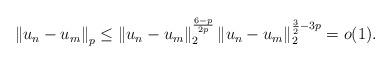
LaTeX: \begin{align*}\left\|u_{n}-u_{m}\right\|_{p}\le\left\|u_{n}-u_{m}\right\|_{2}^{\frac{6-p}{2p}}\left\|u_{n}-u_{m}\right\|_{2}^{\frac{3}{2}-3p}=o(1).\end{align*}